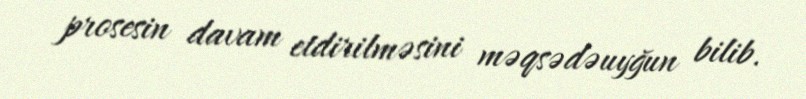
prosesin davam etdirilməsini məqsədəuyğun bilib.